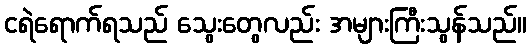
ငရဲရောက်ရသည် သွေးတွေလည်း အများကြီးသွန်သည်။